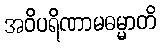
အဝိပရိဏာမဓမ္မာတိ